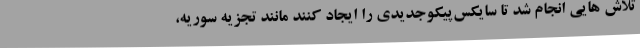
تلاش هایی انجام شد تا سایکس‌پیکوجدیدی را ایجاد کنند مانند تجزیه سوریه،